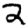
Digit: 2